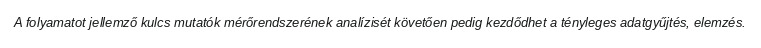
A folyamatot jellemző kulcs mutatók mérőrendszerének analízisét követően pedig kezdődhet a tényleges adatgyűjtés, elemzés.